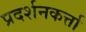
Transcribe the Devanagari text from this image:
प्रदर्शनकर्त्ता